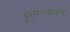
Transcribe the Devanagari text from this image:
पुनुरात्पादन